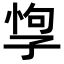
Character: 𡥯